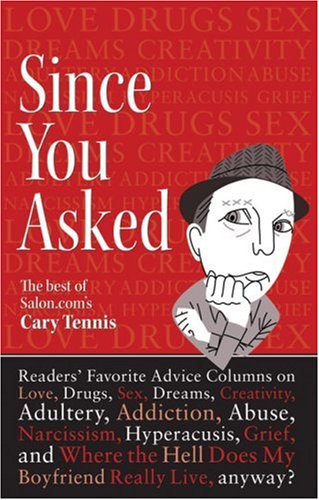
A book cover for Since You Asked: Readers' Favorite Advice Columns on Love, Drugs, Sex, Dreams, Creativity, Adultery, Addiction, Abuse, Narcissism, Hyperacusis, Grief, ... Hell Does My Boyfriend Really Live, anyway?; Cary Tennis; Health, Fitness & Dieting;